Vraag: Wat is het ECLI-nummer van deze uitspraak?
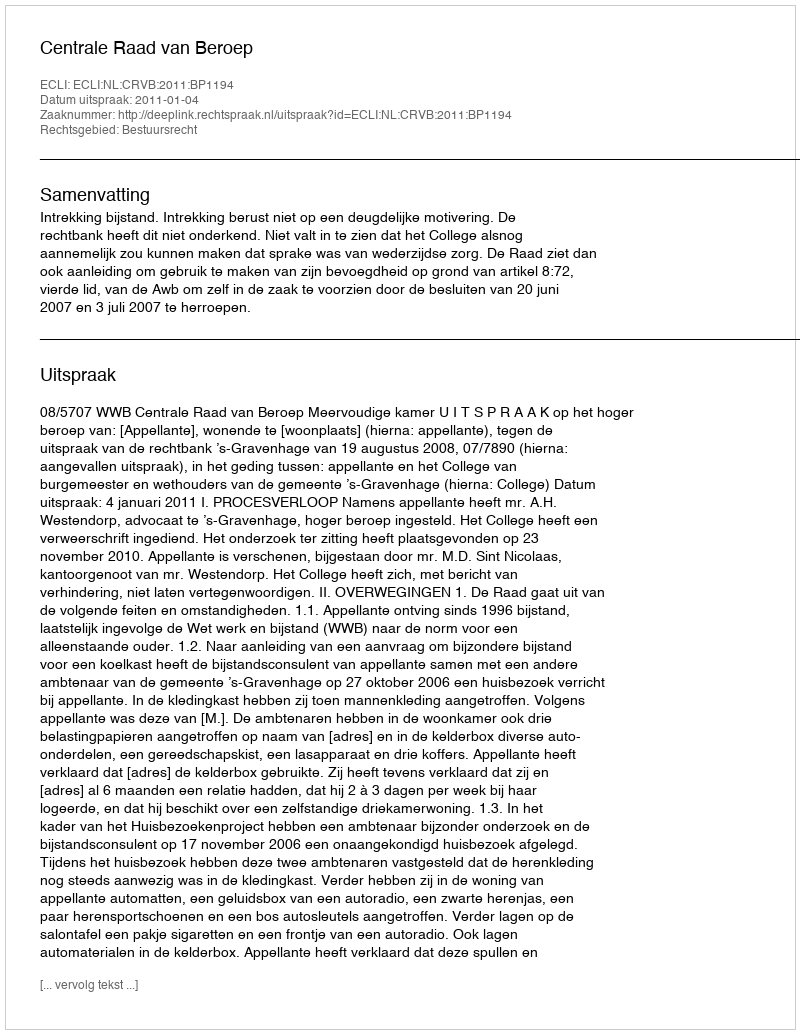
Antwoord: ECLI:NL:CRVB:2011:BP1194